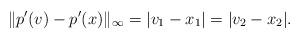
LaTeX: \begin{align*}\|p'(v)-p'(x)\|_{\infty} = |v_1-x_1| = |v_2-x_2|.\end{align*}